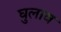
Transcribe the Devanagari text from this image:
घुलाव